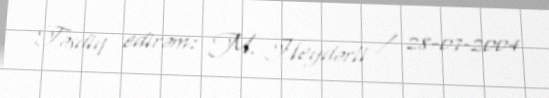
Təsdiq edirəm: M. Heydərli / 28-07-2004